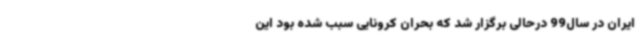
ایران در سال‌99 درحالی برگزار شد که بحران کرونایی سبب شده بود این